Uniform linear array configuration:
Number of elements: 24
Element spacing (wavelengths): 1
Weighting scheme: binomial
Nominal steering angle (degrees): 45
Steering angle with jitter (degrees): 43.333
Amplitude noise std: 0.05
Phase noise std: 0.05

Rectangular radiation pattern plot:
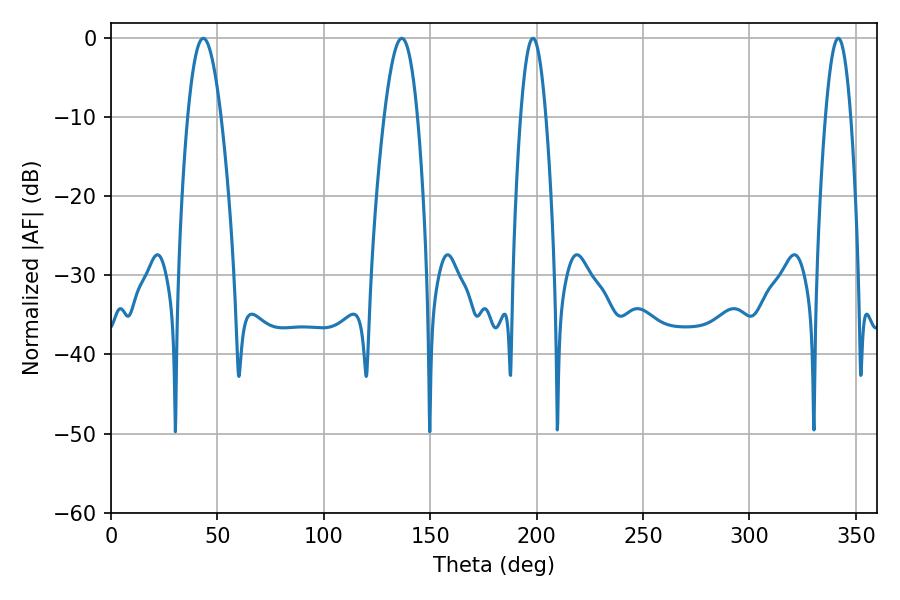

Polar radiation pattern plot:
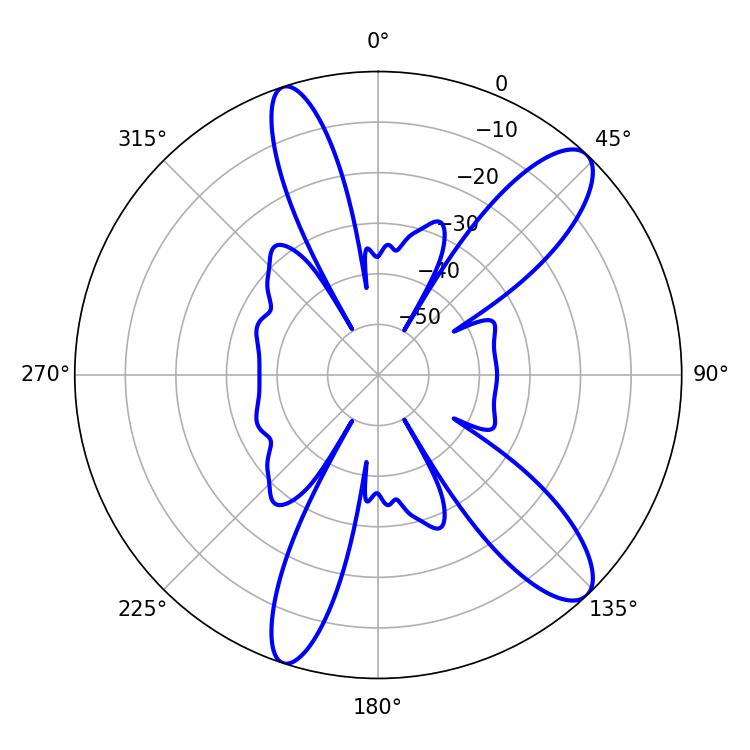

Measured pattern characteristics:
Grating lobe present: TRUE
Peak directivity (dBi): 11.427
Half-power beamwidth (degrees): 8.46
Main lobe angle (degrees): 43.38